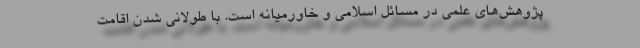
پژوهش‌های علمی در مسائل اسلامی و خاورمیانه است. با طولانی شدن اقامت